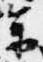
参